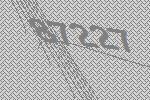
87227